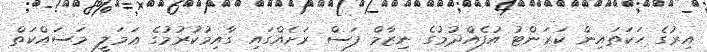
އިރުގެ ހަކަތައިން ކަރަންޓު އުފެއްދުމުގެ ނިޒާމް ފަސް ރަށެއްގައި ގާއިމުކުރުމުގެ ޢަމަލީ މަސައްކަތް